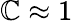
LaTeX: \mathbb{C}\approx1